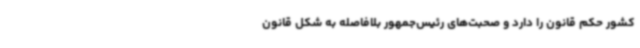
کشور حکم قانون را دارد و صحبت‌های رئیس‌جمهور بلافاصله به شکل قانون